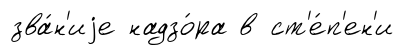
зва́н'иjе надзо́ра в ст'е́п'ен'и